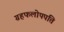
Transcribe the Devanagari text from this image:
ग्रहफलोपपत्ति